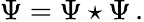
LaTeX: \Psi=\Psi\star\Psi\, .